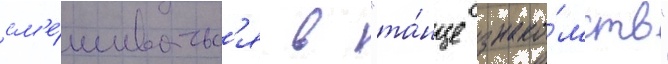
см'е́шиватьс'я в "та́нце знако́мств"